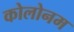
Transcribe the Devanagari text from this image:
कोलोनम